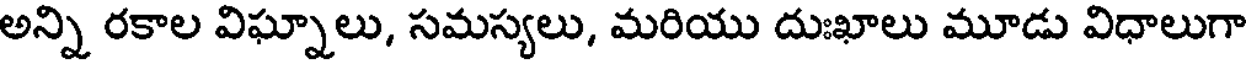
అన్ని రకాల విఘ్నాలు, సమస్యలు, మరియు దుఃఖాలు మూడు విధాలుగా